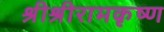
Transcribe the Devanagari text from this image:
श्रीश्रीरामकृष्ण